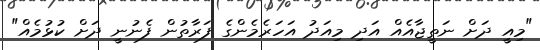
"މިއީ ދަށް ނަތީޖާއެއް އަދި މިއަދު އަހަރެމެންގެ ފަރާތުން ފެނުނީ ދަށް ކުޅުމެއް"